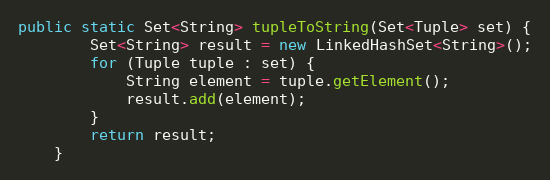
Language: Java
public static Set<String> tupleToString(Set<Tuple> set) {
		Set<String> result = new LinkedHashSet<String>();
		for (Tuple tuple : set) {
			String element = tuple.getElement();
			result.add(element);
		}
		return result;
	}